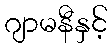
ဂျာမနီနှင့်